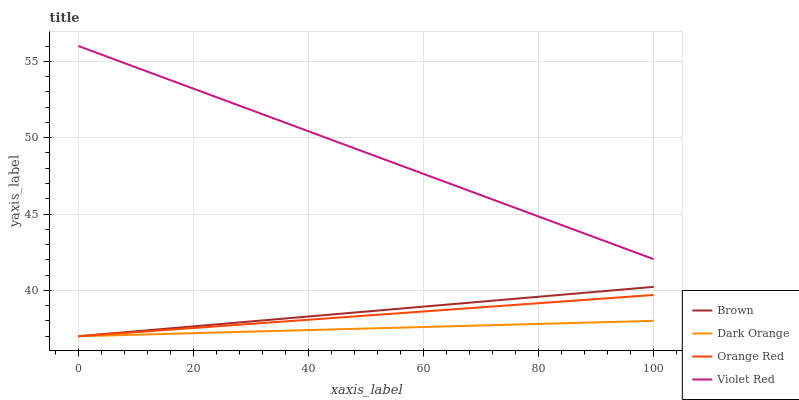
| xaxis_label | Brown | Dark Orange | Orange Red | Violet Red |
 | --- | --- | --- | --- | --- |
 | 0 | 37 | 37 | 37 | 56 |
 | 12.5 | 37.4 | 37.1 | 37.3 | 54.3 |
 | 25 | 37.8 | 37.3 | 37.7 | 52.5 |
 | 37.5 | 38.2 | 37.4 | 38 | 50.8 |
 | 50 | 38.6 | 37.5 | 38.4 | 49 |
 | 62.5 | 39 | 37.6 | 38.7 | 47.3 |
 | 75 | 39.4 | 37.8 | 39 | 45.5 |
 | 87.5 | 39.8 | 37.9 | 39.4 | 43.8 |
 | 100 | 40.2 | 38 | 39.7 | 42 |